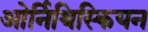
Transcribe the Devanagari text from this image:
ओर्निथिस्कियन